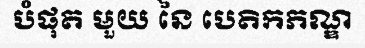
បំផុត មួយ នៃ បេតិកភណ្ឌ